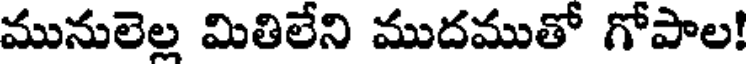
మునులెల్ల మితిలేని ముదముతో గోపాల!